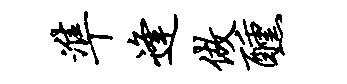
准逢做醺